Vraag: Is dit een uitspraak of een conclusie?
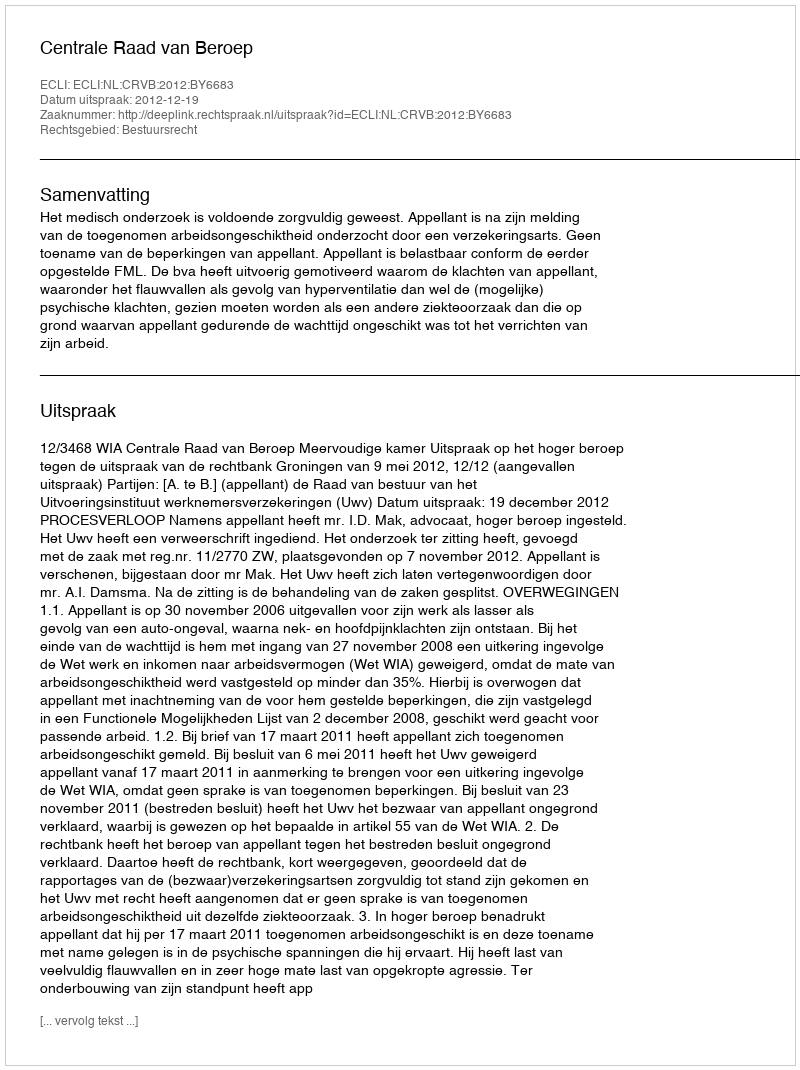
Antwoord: Uitspraak